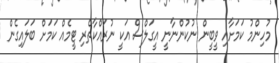
މުހިންމު ކަމަށާއި ވީބީން ނުކުންނާނީ އީގަލްސް އަކީ ނުރައްކާތެރި ޓީމެއް ކަމަށް ބަލައިގެން